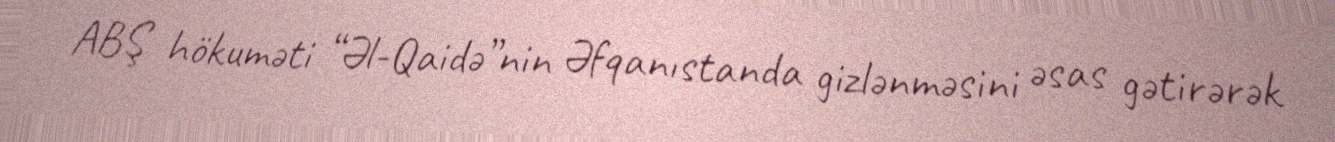
ABŞ hökuməti “Əl-Qaidə”nin Əfqanıstanda gizlənməsini əsas gətirərək